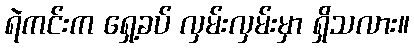
ရဲကင်းက ရှေ့ခပ် လှမ်းလှမ်းမှာ ရှိသလား။